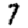
Digit: 7